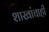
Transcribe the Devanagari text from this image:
शाखांचाही